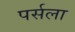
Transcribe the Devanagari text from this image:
पर्सला